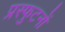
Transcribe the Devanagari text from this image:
प्रस्फुटनों